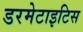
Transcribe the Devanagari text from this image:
डरमेटाइटिस